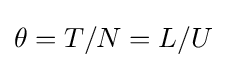
\theta =T/N=L/U